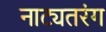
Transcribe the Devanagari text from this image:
नाट्यतरंग